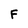
Character: F